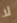
لا